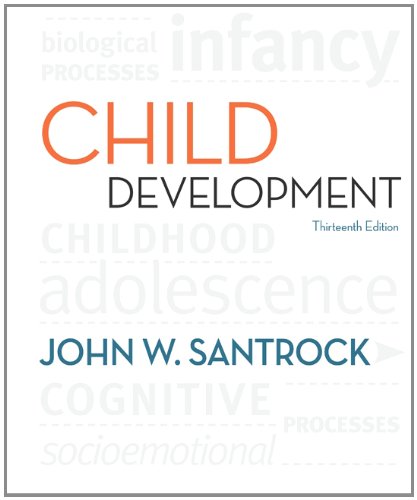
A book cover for Child Development: An Introduction; John Santrock; Medical Books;